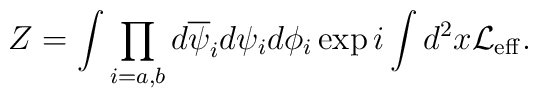
Z = \int \prod_{i=a,b}d\overline{\psi}_i d\psi_i d\phi_i\exp i\int d^2x{\cal L_{\rm eff}}.